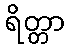
ရိတ္တာ